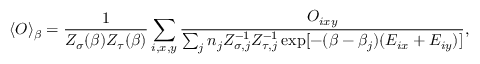
\langle O \rangle _ { \beta } = \frac { 1 } { Z _ { \sigma } ( \beta ) Z _ { \tau } ( \beta ) } \sum _ { i , x , y } \frac { O _ { i x y } } { \sum _ { j } n _ { j } Z _ { \sigma , j } ^ { - 1 } Z _ { \tau , j } ^ { - 1 } \exp [ - ( \beta - \beta _ { j } ) ( E _ { i x } + E _ { i y } ) ] } ,